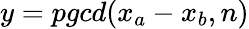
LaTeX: y=pgcd(x_{a}-x_{b},n)